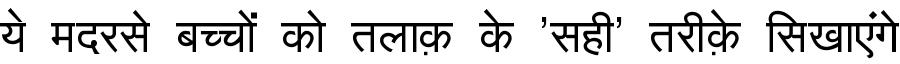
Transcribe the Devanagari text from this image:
ये मदरसे बच्चों को तलाक़ के 'सही' तरीक़े सिखाएंगे